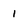
Character: 1